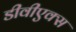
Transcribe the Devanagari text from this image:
डीवीएक्स